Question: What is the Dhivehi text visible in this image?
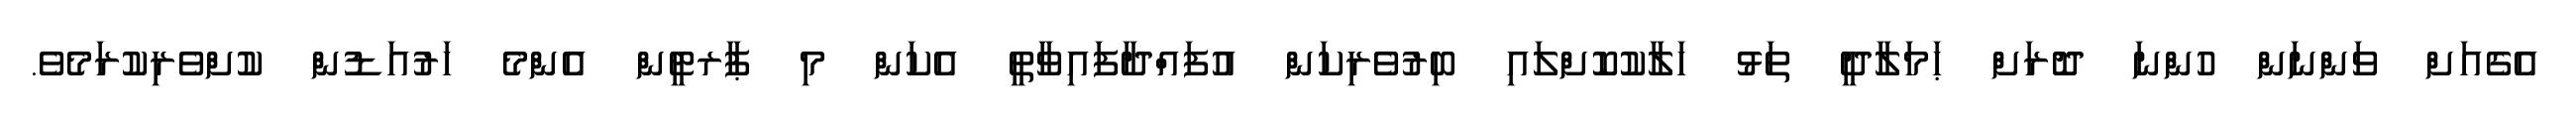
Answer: އެގެއަށް ވަންނަން ހުންނަ ދޮރަށް ޙަމަލާދީ ތަޅު ހަލާކުކޮށްލައި ބިރުވެރިކަން އުފައްދާފައިވާތީ އެކަން މި ޕާރޓީން އެންމެ ހަރުއަޑުން ކުށްވެރިކުރަމެވެ.